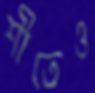
শীতেও